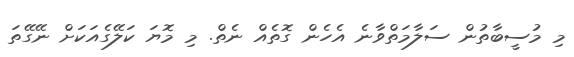
މި މުސީބާތުން ސަލާމަތްވާނެ އެހެން ގޮތެއް ނެތް. މި މޮޔަ ކަލޭގެއަކަށް ނޭގޭތަ